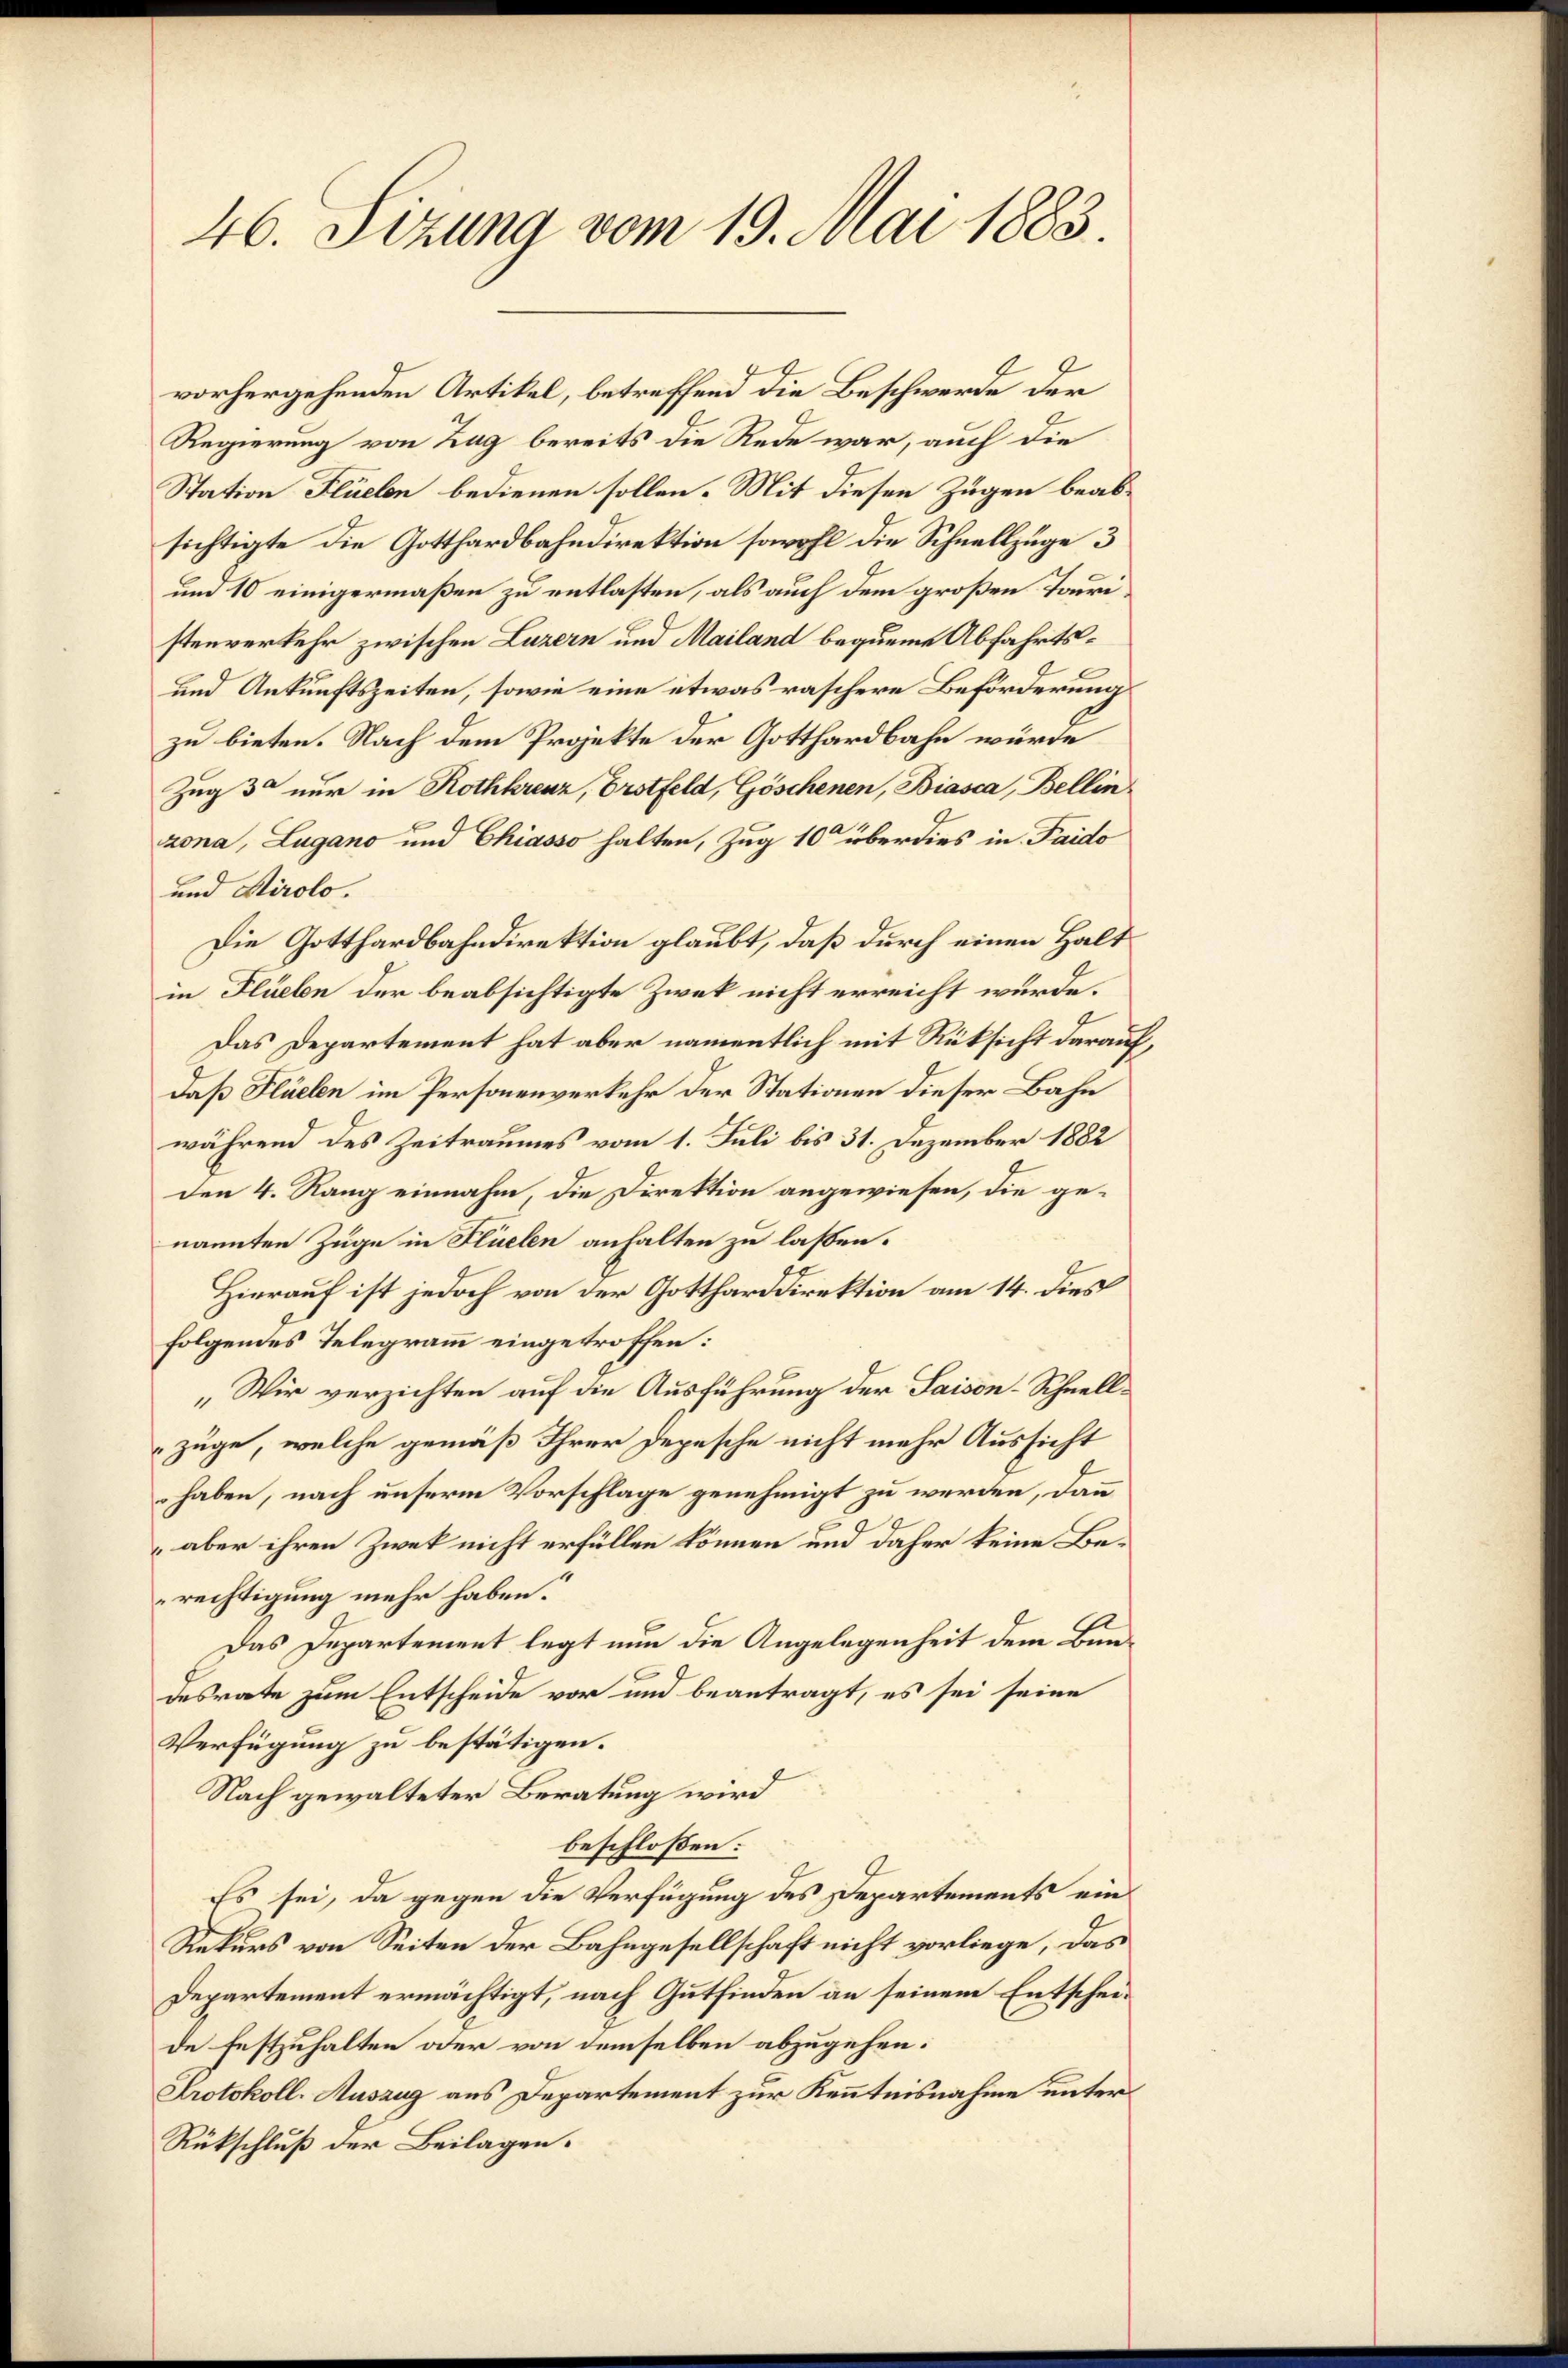
46. Sizung vom 19. Mai 1883.

Regierung von Zug bereits die Rede war, auch die
Station Flüelen bedienen sollen. Mit diesen Zügen beabsichtigte die Gotthardbahndirektion sowohl die Schnellzüge 3
und 10 einigermaßen zu entlasten, als auch dem großen Touristenverkehr zwischen Luzern und Mailand bequeme Abfahrts¬
und Ankunftszeiten, sowie eine etwas raschere Beförderung
zu bieten. Nach dem Projekte der Gotthardbahn würde
Zug 3 nur in Rothkreuz, Erstfeld, Göschenen, Biasca, Bellin
zona, Lugano und Chiasso halten, Zug 10 überdies in Faido
und Airolo.
Die Gotthardbahndirektion glaubt, daß durch einen Halt
in Flüebe der beabsichtigte Zwek nicht erreicht würde.
Das Departement hat aber namentlich mit Rüksicht darauf
daß Flüelen im Personenverkehr der Stationen dieser Bahn
während des Zeitraumes vom 1. Juli bis 31. Dezember 1882
den 4. Rang einnahm die Direktion angewiesen, die genannten Züge in Flüelen anhalten zu lassen.
Hierauf ist jedoch von der Gottharddirektion am 14. dies
folgendes Telegramm eingetroffen:
„Wir verzichten auf die Ausführung der Saison-Schnellzüge, welche gemäß Ihrer Depesche nicht mehr Aussicht
haben, nach unserm Vorschlage genehmigt zu werden, dann
9
aber ihren Zwek nicht erfüllen können und daher keine Berechtigung mehr haben.
Das Departement legt nun die Angelegenheit dem Bundesrate zum Entscheide vor und beantragt, es sei seine
Verfügung zu bestätigen.
Nach gewalteter Beratung wird
beschlossen:
Es sei, da gegen die Verfügung des Departements ein
Rekurs von Seiten der Bahngesellschaft nicht vorliege, das
Departement ermächtigt, nach Gutfinden an seinem Entscheide Festzuhalten oder von demselben abzugehen:
Protokoll-Auszug aus Departement zur Kenntnisnahme unter
Rückschluß der Beilagen.

vorhergehenden Artikel, betreffend die Beschwerde der